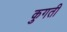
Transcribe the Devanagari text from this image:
कुगती